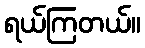
ရယ်ကြတယ်။